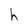
Character: h